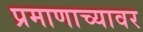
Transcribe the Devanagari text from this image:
प्रमाणाच्यावर